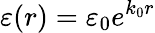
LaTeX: \varepsilon(r)=\varepsilon_{0}e^{k_{0}r}